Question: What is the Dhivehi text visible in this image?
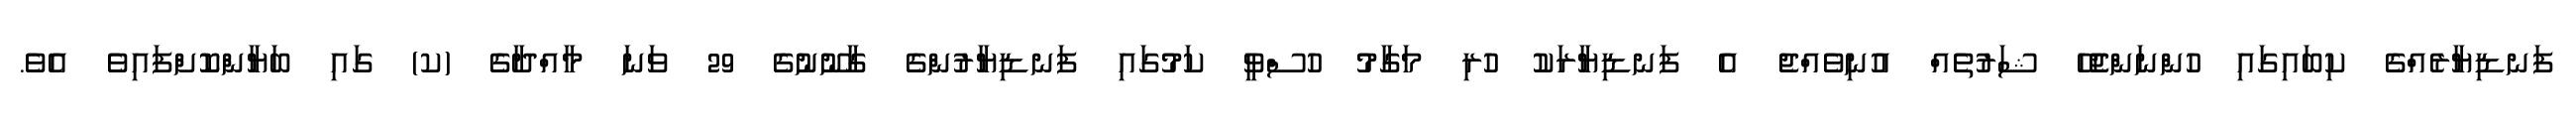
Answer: ފަނޑިޔާރެއްގެ ކިބައިގައި ހުންނަންޖެހޭ ޝަރުތެއް އުނިވެއްޖެ އެ ފަނޑިޔާރަކު ހުރި މަގާމު ހުސްވީ ކަމުގައި ފަނޑިޔާރުންގެ ގާނޫނުގެ 29 ވަނަ މާއްދާގެ (ކ) ގައި ބަޔާންކޮށްފައިވެ އެވެ.